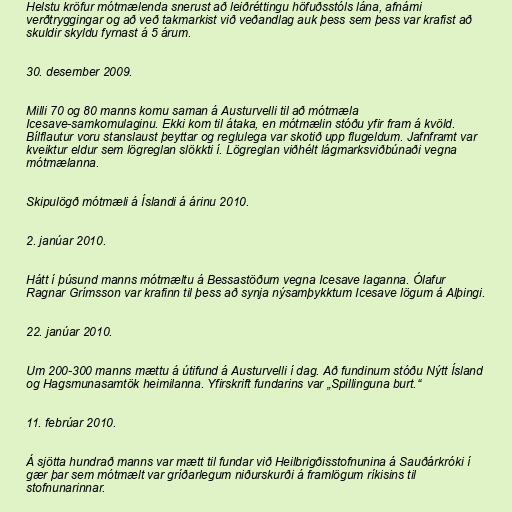
Helstu kröfur mótmælenda snerust að leiðréttingu höfuðsstóls lána, afnámi
verðtryggingar og að veð takmarkist við veðandlag auk þess sem þess var krafist að
skuldir skyldu fyrnast á 5 árum.

30. desember 2009.

Milli 70 og 80 manns komu saman á Austurvelli til að mótmæla
Icesave-samkomulaginu. Ekki kom til átaka, en mótmælin stóðu yfir fram á kvöld.
Bílflautur voru stanslaust þeyttar og reglulega var skotið upp flugeldum. Jafnframt var
kveiktur eldur sem lögreglan slökkti í. Lögreglan viðhélt lágmarksviðbúnaði vegna
mótmælanna.

Skipulögð mótmæli á Íslandi á árinu 2010.

2. janúar 2010.

Hátt í þúsund manns mótmæltu á Bessastöðum vegna Icesave laganna. Ólafur
Ragnar Grímsson var krafinn til þess að synja nýsamþykktum Icesave lögum á Alþingi.

22. janúar 2010.

Um 200-300 manns mættu á úti­fund á Aust­ur­velli í dag. Að fund­in­um stóðu Nýtt Ísland
og Hags­muna­sam­tök heim­il­anna. Yf­ir­skrift fund­ar­ins var „Spill­ing­una burt.“

11. febrúar 2010.

Á sjötta hundrað manns var mætt til fundar við Heilbrigðisstofnunina á Sauðárkróki í
gær þar sem mótmælt var gríðarlegum niðurskurði á framlögum ríkisins til
stofnunarinnar.